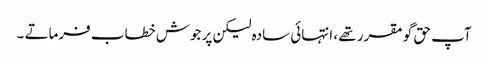
آپ حق گو مقرر تھے ، انتہائی سادہ لیکن پر جوش خطاب فرماتے ۔